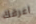
اعرفك